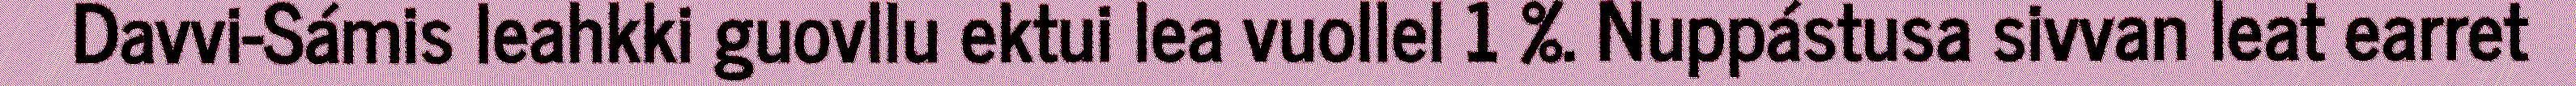
Davvi-Sámis leahkki guovllu ektui lea vuollel 1 %. Nuppástusa sivvan leat earret